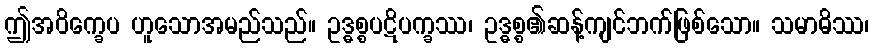
ဤအဝိက္ခေပ ဟူသောအမည်သည်။ ဥဒ္ဓစ္စပဋိပက္ခဿ၊ ဥဒ္ဓစ္စ၏ဆန့်ကျင်ဘက်ဖြစ်သော။ သမာဓိဿ၊